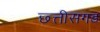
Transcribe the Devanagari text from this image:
छ्त्तीसगड